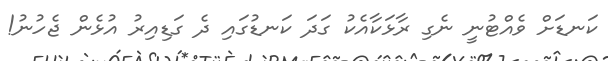
ކަނޑަށް ވެއްޓުނީ ނެގި ރާޅަކާއެކު ގަދަ ކަނޑުގައި ދެ ގަޑިއިރު އުޅެން ޖެހުނު!